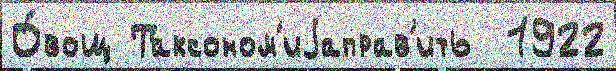
О́вощ Таксоном'иjаправ'ить  1922